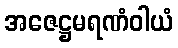
အဇေဋ္ဌမရဏံဝါယံ